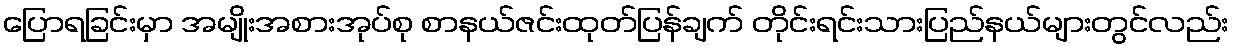
ပြောရခြင်းမှာ အမျိုးအစားအုပ်စု စာနယ်ဇင်းထုတ်ပြန်ချက် တိုင်းရင်းသားပြည်နယ်များတွင်လည်း